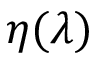
\eta ( \lambda )